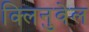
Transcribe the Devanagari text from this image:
क्लिनुवेल